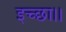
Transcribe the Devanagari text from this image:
इच्‍छा।।